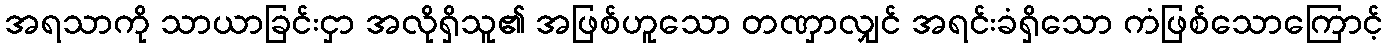
အရသာကို သာယာခြင်းငှာ အလိုရှိသူ၏ အဖြစ်ဟူသော တဏှာလျှင် အရင်းခံရှိသော ကံဖြစ်သောကြောင့်